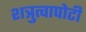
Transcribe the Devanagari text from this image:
शत्रुत्वापोटी